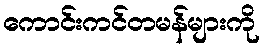
ကောင်းကင်တမန်များကို